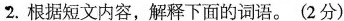
2.根据短文内容，解释下面的词语。(2分)